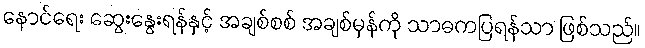
နောင်ရေး ဆွေးနွေးရန်နှင့် အချစ်စစ် အချစ်မှန်ကို သာဓကပြရန်သာ ဖြစ်သည်။